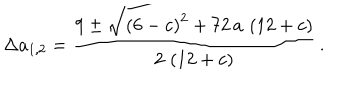
\Delta a _ { 1 , 2 } = \frac { 9 \pm { \sqrt { { \left( 6 - c \right) } ^ { 2 } + 7 2 \, a \, \left( 1 2 + c \right) } } } { 2 \, \left( 1 2 + c \right) } \, .